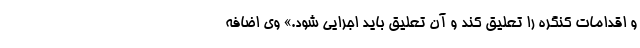
و اقدامات کنگره را تعلیق کند و آن تعلیق باید اجرایی شود.» وی اضافه